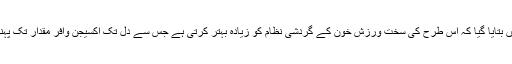
تحقیق میں بتایا گیا کہ اس طرح کی سخت ورزش خون کے گردشی نظام کو زیادہ بہتر کرتی ہے جس سے دل تک آکسیجن وافر مقدار تک پہنچتی ہے۔